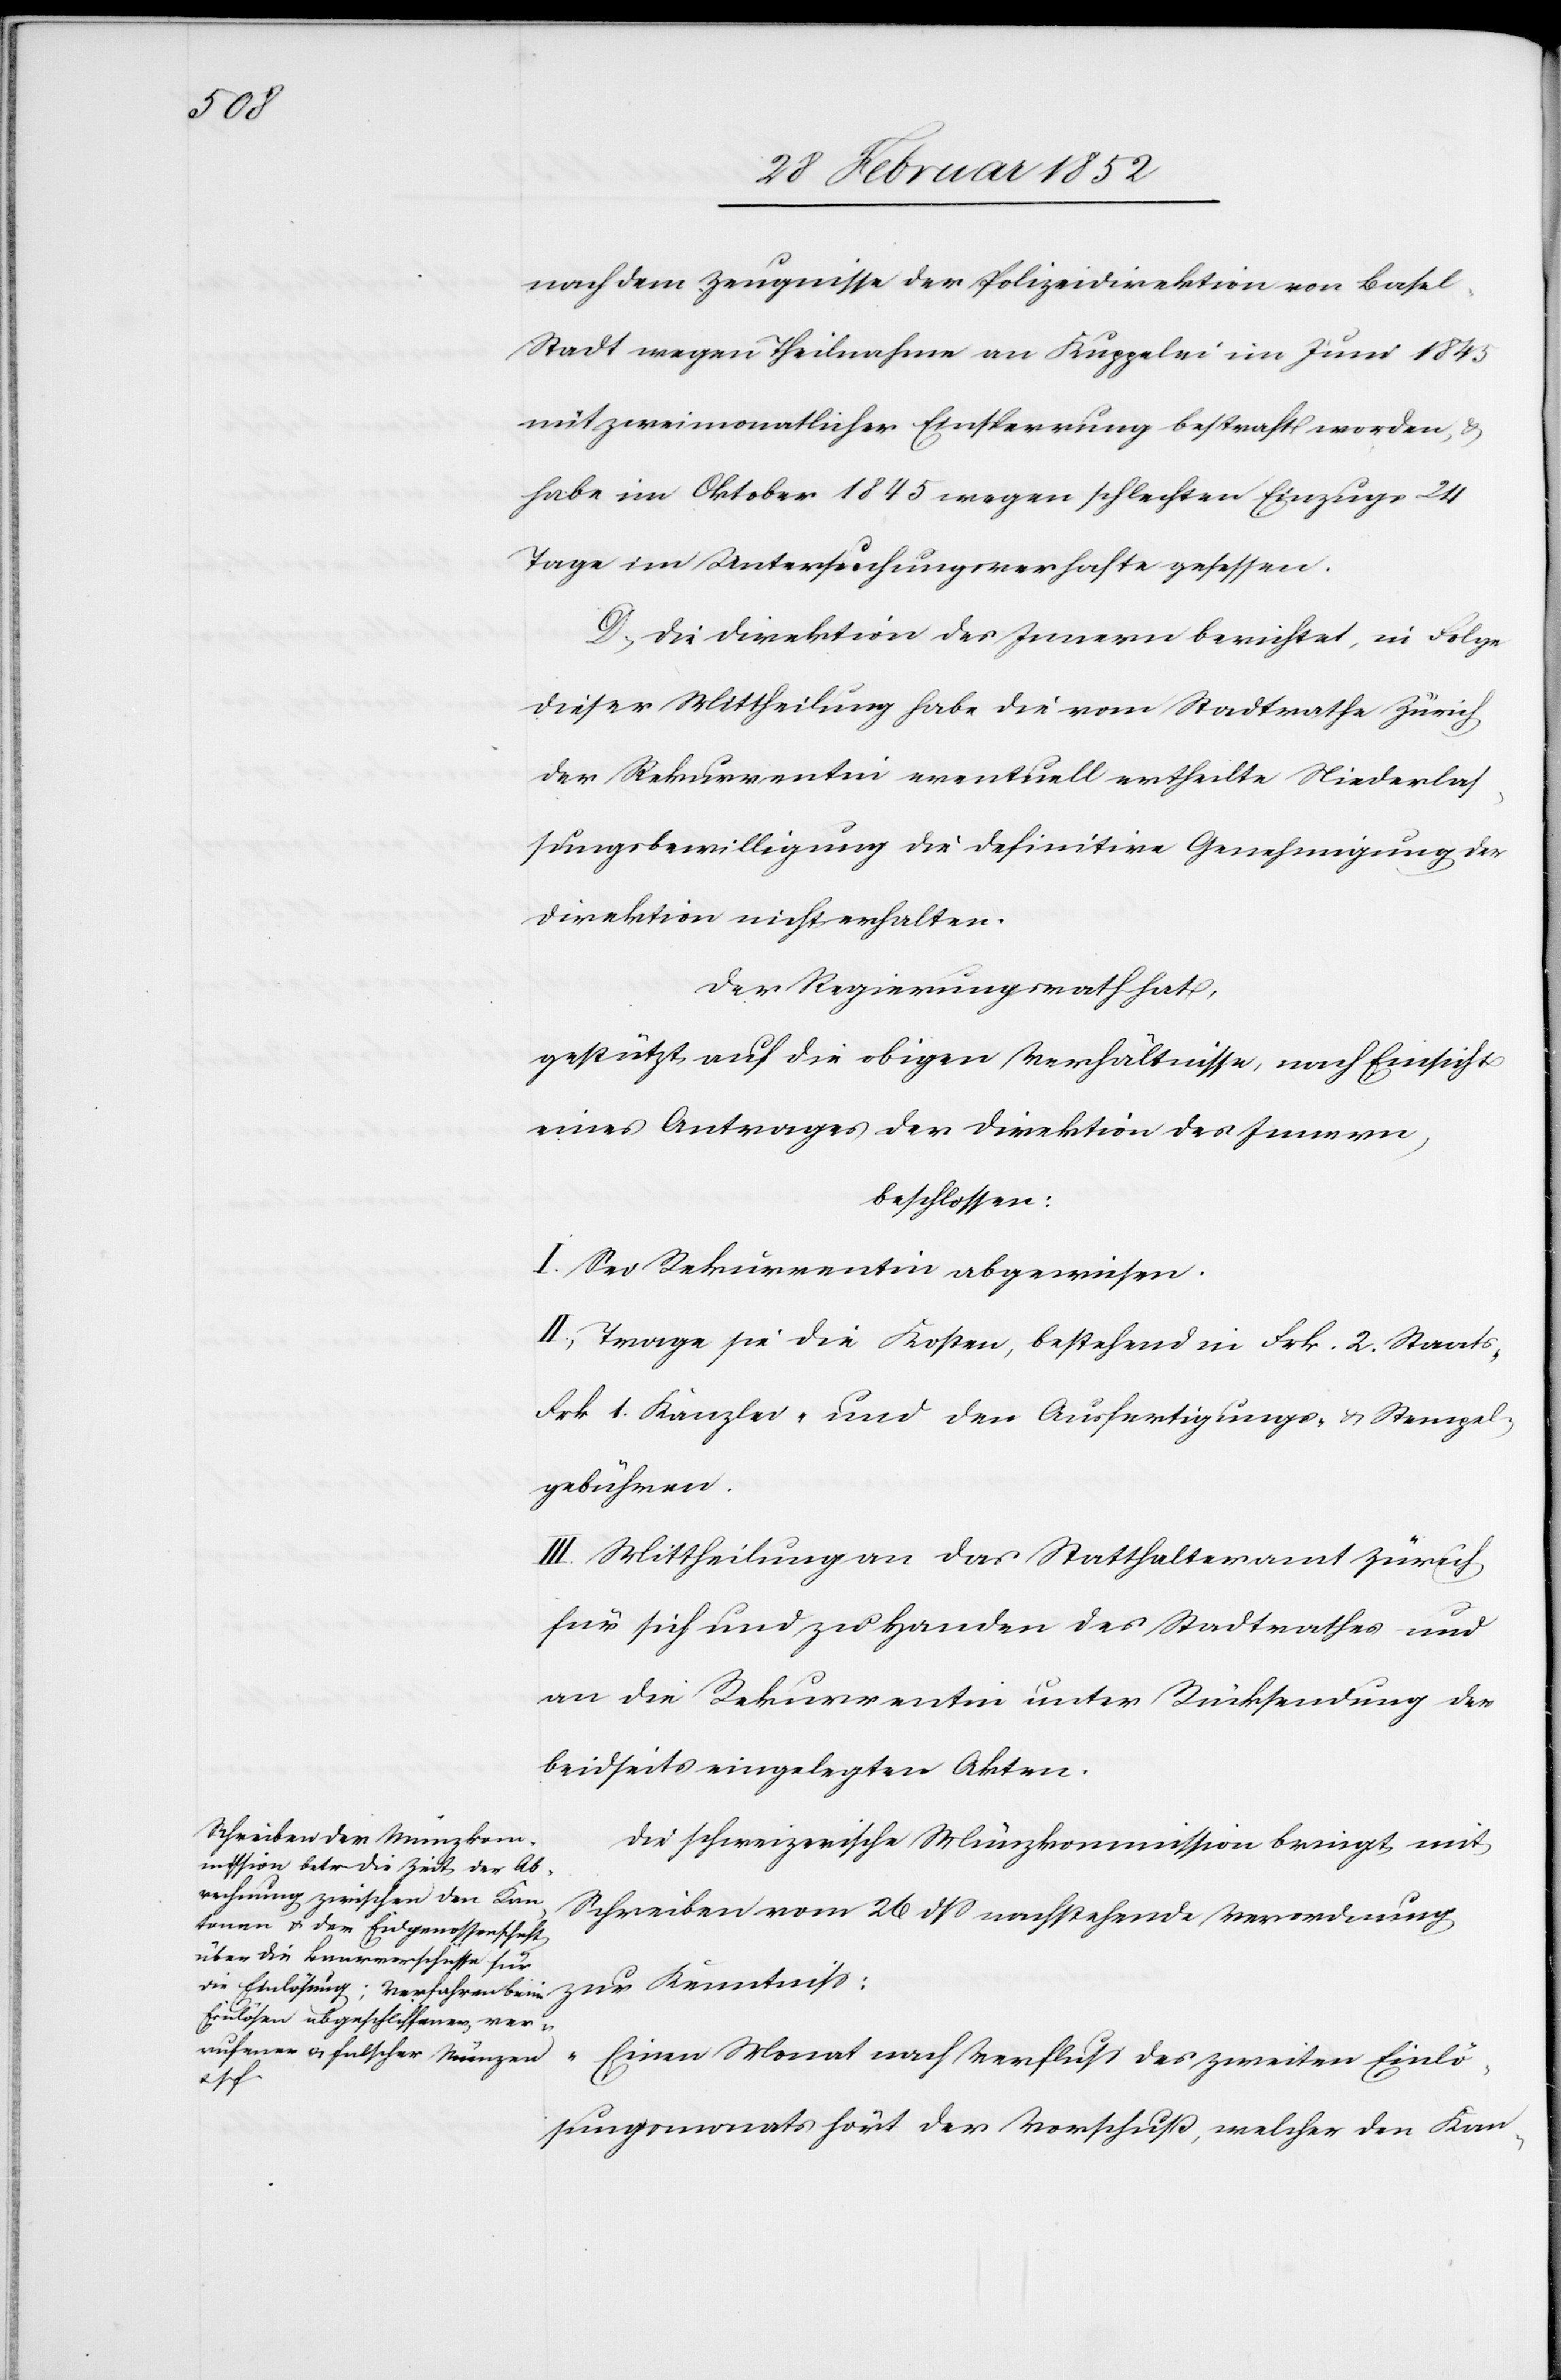
nach dem Zeugnisse der Polizeidirection von Base¬
l-Stadt wegen Theilnahme an Kuppelei im Juni 1845
mit zweimonatlicher Einsperrung bestraft worden, u.
habe im Oktober 1845 wegen schlechten Einzugs 24
Tage im Untersuchungsverhafte gesessen.
D.) Die Direktion des Innern berichtet, in Folge
dieser Mittheilung habe die vom Stadtrathe Zürich
der Rekurrentin eventuell ertheilte Niederlas¬
sungsbewilligung die definitive Genehmigung der
Direktion nicht erhalten.
Der Regierungsrath hat,
gestützt auf die obigen Verhältnisse, nach Einsicht
eines Antrages der Direktion des Innern,
beschlossen:
I. Sei Rekurrentin abgewiesen.
II. Trage sie die Kosten, bestehend in Frk. 2. Staats-
Frk. 1. Kanzlei- und den Ausfertigungs- u. Stempel¬
gebühren.
III. Mittheilung an das Statthalteramt Zürich
für sich und zu Handen des Stadtrathes und
an die Rekurrentin unter Rücksendung der
beidseits eingelegten Akten.
Die schweizerische Münzkommission bringt mit
Schreiben vom 26 dß nachstehende Verordnung
„Einen Monat nach Verfluß des zweiten Einlö¬
sungsmonats hört der Vorschuß, welcher den Kann-